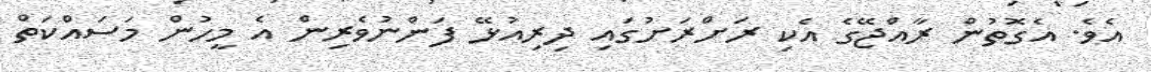
އެވެ. އެގޮތުން ރާއްޖޭގެ އެކި ރަށްރަށުގައި ދިރިއުޅޭ ފަންނުވެރިން އެ މީހުން މަސައްކަތް